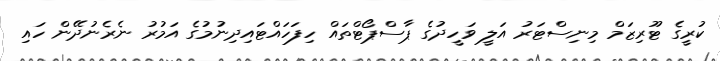
ކުރީގެ ޓޫރިޒަމް މިނިސްޓަރު އަލީ ވަހީދުގެ ޕާސްޕޯޓްތައް ހިފަހައްޓައިދިނުމުގެ އަމުރު ނެރެނުދޭން ހައި